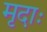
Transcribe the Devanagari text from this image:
मृदाः